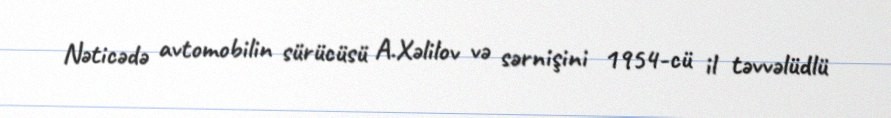
Nəticədə avtomobilin sürücüsü A.Xəlilov və sərnişini 1954-cü il təvvəlüdlü